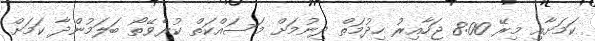
ކަމަށާއި މިރޭ 8:00 ޖަހާއިރު ހިދުމަތް ދިނުމަށް މަސައްކަތް ކުރެވޭތޯ ބަލަމުންދާ ކަމަށް